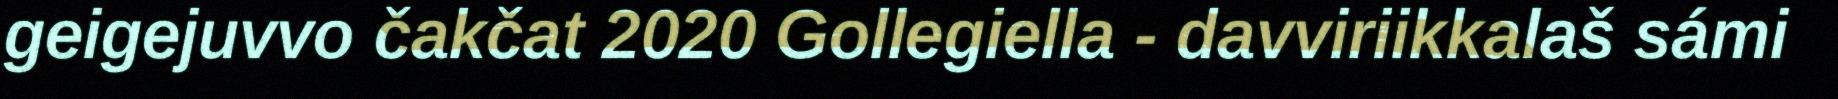
geigejuvvo čakčat 2020 Gollegiella - davviriikkalaš sámi